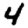
Digit: 4